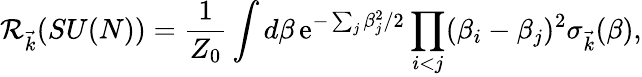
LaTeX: {\cal R}_{\vec{k}}(SU(N))={\frac{1}{Z_{0}}}\int d\beta\, \mathrm{e}^{-\sum_{j}\beta_{j}^{2}/2}\prod_{i<j}(\beta_{i}-\beta_{j})^{2}\sigma_{\vec{k}}(\beta),